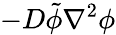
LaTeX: -D\tilde{\phi}\nabla^{2}\phi